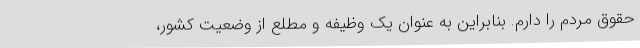
حقوق مردم را دارم. بنابراین به عنوان یک وظیفه و مطلع از وضعیت کشور،